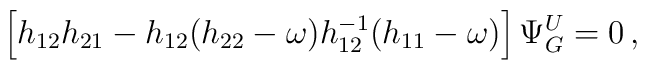
\left[ h_{12}h_{21} - h_{12}(h_{22}-\omega)h_{12}^{-1}(h_{11}-\omega) \right]\Psi_G^U = 0 \, ,